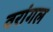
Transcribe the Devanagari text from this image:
वरांगल